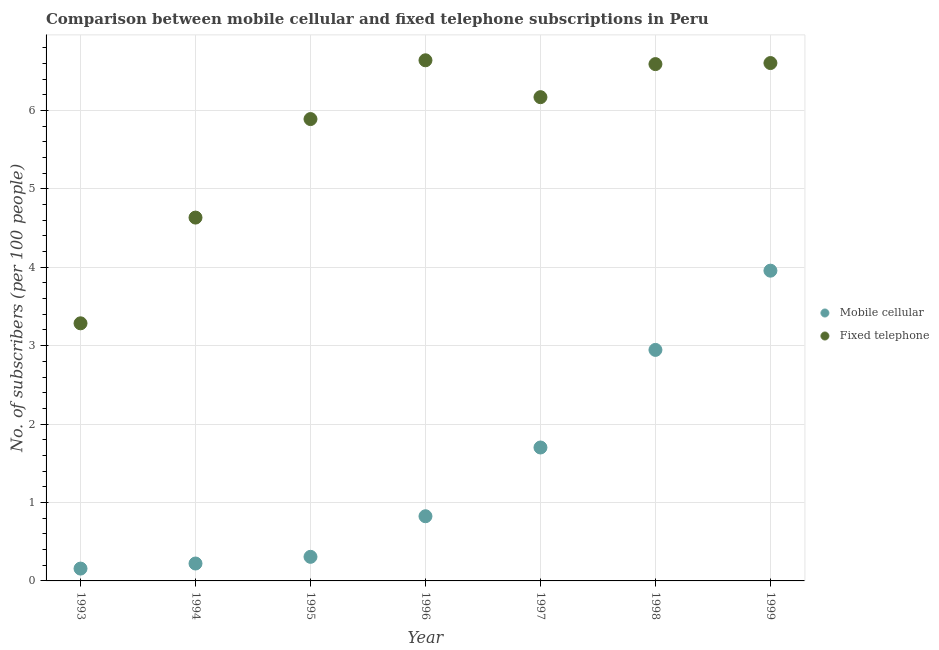
| Year | Mobile cellular | Fixed telephone |
 | --- | --- | --- |
 | 1993 | 0.157 | 3.29 |
 | 1994 | 0.222 | 4.63 |
 | 1995 | 0.307 | 5.89 |
 | 1996 | 0.825 | 6.64 |
 | 1997 | 1.7 | 6.17 |
 | 1998 | 2.95 | 6.59 |
 | 1999 | 3.96 | 6.6 |